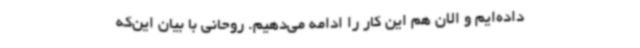
داده‌ایم و الان هم این کار را ادامه می‌دهیم. روحانی با بیان این‌که